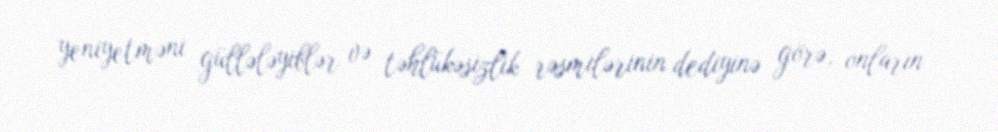
yeniyetməni güllələyiblər və təhlükəsizlik rəsmilərinin dediyinə görə, onların